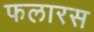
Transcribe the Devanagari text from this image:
फलारस